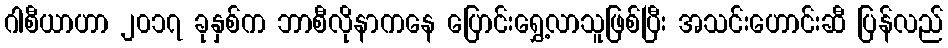
ဂါစီယာဟာ ၂၀၁၇ ခုနှစ်က ဘာစီလိုနာကနေ ပြောင်းရွှေ့လာသူဖြစ်ပြီး အသင်းဟောင်းဆီ ပြန်လည်